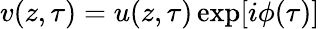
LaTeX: v(z,\tau)=u(z,\tau)\exp[i\phi(\tau)]